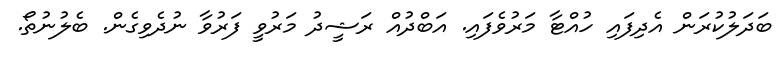
ބަދަލުކުރަން އެދިފައި ހުއްޓާ މަރުވެފައި. އަބްދުއް ރަޝީދު މަރުވީ ފަރުވާ ނުދެވިގެން. ބެލުނުތޯ.